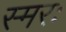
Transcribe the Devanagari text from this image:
स्मरः